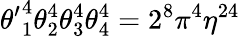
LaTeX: {\theta^{\prime}}_{1}^{4}\theta_{2}^{4}\theta_{3}^{4}\theta_{4}^{4}=2^{8}\pi^{4}\eta^{24}